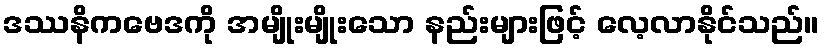
ဒဿနိကဗေဒကို အမျိုးမျိုးသော နည်းများဖြင့် လေ့လာနိုင်သည်။